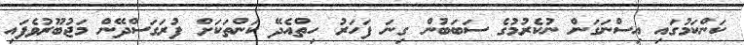
ކަންކަމުގައި އިސްނަގަން ނުކެރުމުގެ ސަބަބުން ގިނަ ފަހަރު ހިތްއެދޭ ކަންތަކަށް ފުރަގަސްދޭން މަޖުބޫރުވެފައި